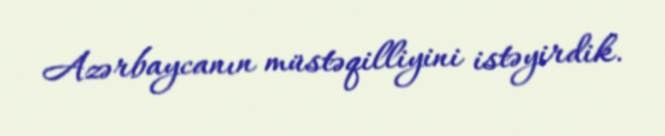
Azərbaycanın müstəqilliyini istəyirdik.